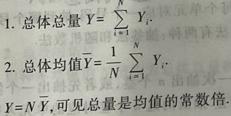
1. 总体总量 $Y = \sum_{i = 1}^{N} Y_{i}$
2. 总体均值 $\bar{Y} = \frac{1}{N} \sum_{i = 1}^{N} Y_{i}$
$Y = N\bar{Y}$, 可见总量是均值的常数倍.